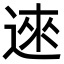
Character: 逨